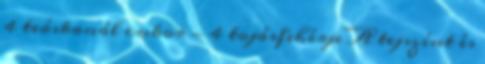
4 teáskanál cukor - 4 tojásfehérje A tejszínt és